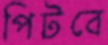
পিটবে